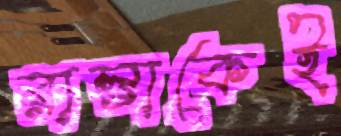
রাস্তাকেই